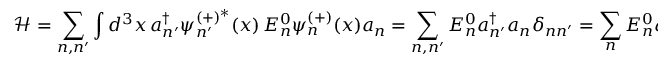
{ \mathcal { H } } = \sum _ { n , n ^ { \prime } } \int d ^ { 3 } x \, a _ { n ^ { \prime } } ^ { \dagger } \psi _ { n ^ { \prime } } ^ { ( + ) ^ { * } } ( x ) \, E _ { n } ^ { 0 } \psi _ { n } ^ { ( + ) } ( x ) a _ { n } = \sum _ { n , n ^ { \prime } } E _ { n } ^ { 0 } a _ { n ^ { \prime } } ^ { \dagger } a _ { n } \delta _ { n n ^ { \prime } } = \sum _ { n } E _ { n } ^ { 0 } a _ { n } ^ { \dagger } a _ { n } = \sum _ { n } E _ { n } ^ { 0 } { \widehat { N } }